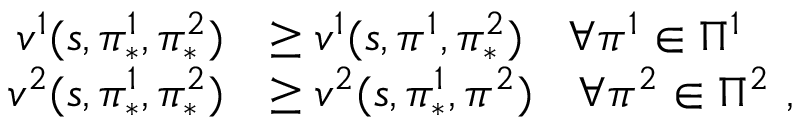
\begin{array} { r l } { v ^ { 1 } ( s , \pi _ { * } ^ { 1 } , \pi _ { * } ^ { 2 } ) } & { \geq v ^ { 1 } ( s , \pi ^ { 1 } , \pi _ { * } ^ { 2 } ) \quad \forall \pi ^ { 1 } \in \Pi ^ { 1 } } \\ { v ^ { 2 } ( s , \pi _ { * } ^ { 1 } , \pi _ { * } ^ { 2 } ) } & { \geq v ^ { 2 } ( s , \pi _ { * } ^ { 1 } , \pi ^ { 2 } ) \quad \forall \pi ^ { 2 } \in \Pi ^ { 2 } \ , } \end{array}